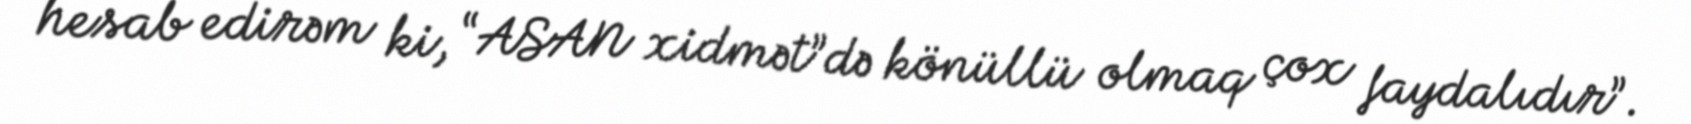
hesab edirəm ki, “ASAN xidmət”də könüllü olmaq çox faydalıdır”.